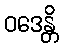
ဝဒေန္တိ